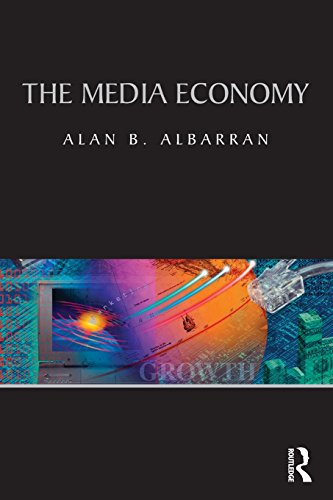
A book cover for The Media Economy (Media Management and Economics Series); Alan B. Albarran; Business & Money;